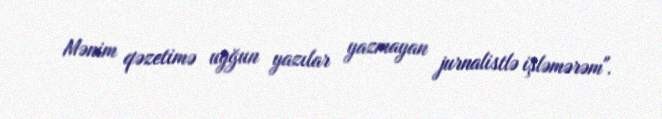
Mənim qəzetimə uyğun yazılar yazmayan jurnalistlə işləmərəm".